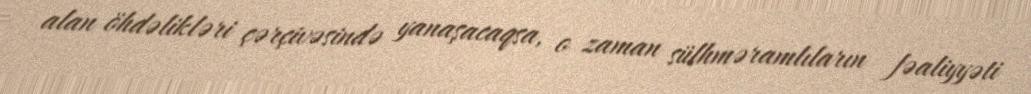
alan öhdəlikləri çərçivəsində yanaşacaqsa, o zaman sülhməramlıların fəaliyyəti